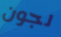
لجون